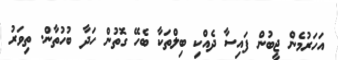
އަހަރުމެން ޖީބުން ފައިސާ ދެއްކި ބިލްތަކާ ބެހޭ ގޮތުން ހަދާ ބުހުތާން. ތިވަރު